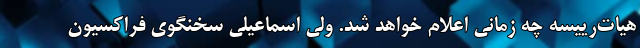
هیات‌رییسه چه زمانی اعلام خواهد شد. ولی اسماعیلی سخنگوی فراكسیون